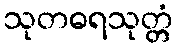
သုတဓရသုတ္တံ